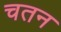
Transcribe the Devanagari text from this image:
चतन